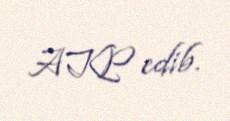
AKP edib.